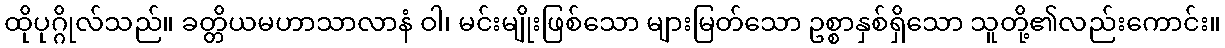
ထိုပုဂ္ဂိုလ်သည်။ ခတ္တိယမဟာသာလာနံ ဝါ၊ မင်းမျိုးဖြစ်သော များမြတ်သော ဥစ္စာနှစ်ရှိသော သူတို့၏လည်းကောင်း။